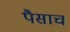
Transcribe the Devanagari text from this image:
पैसाच